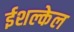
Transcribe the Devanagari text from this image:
ईशल्केल